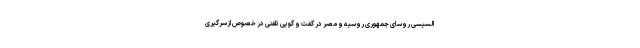
السیسی روسای جمهوری روسیه و مصر در گفت و گویی تلفنی در خصوص ازسرگیری